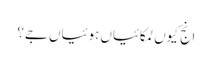
انج کیوں لمکائیاں ہوئیاں جے؟